Indian journal of veterinary science and animal husbandry - Volumes 15-17, 1948-1951
Year: 1948
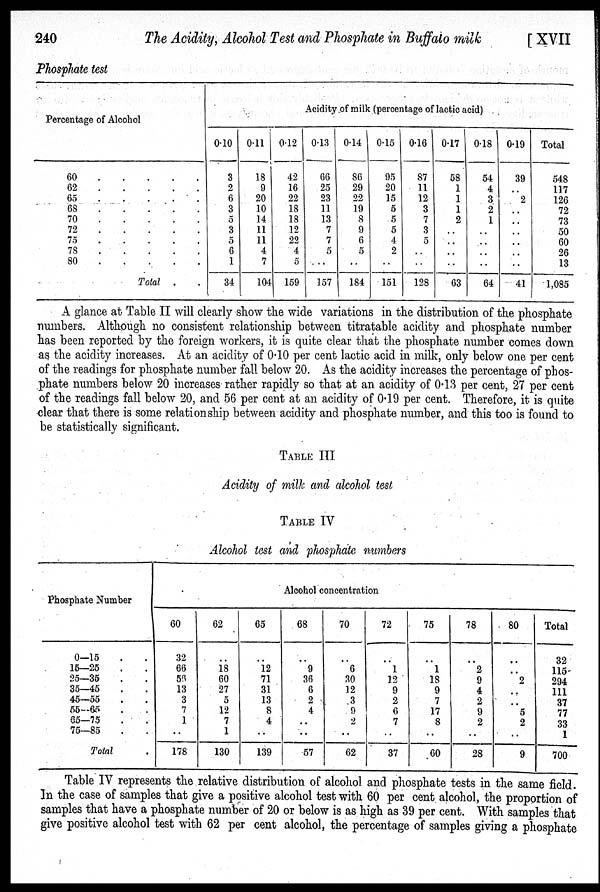
240
The Acidity, Alcohol Test and Phosphate in Buffalo milk
[ XVII
Phosphate test
Percentage of Alcohol
60
.
.
.
.
.
62
.
.
.
.
.
65
.
.
.
.
.
68 . . . . .
70
.
.
.
.
.
72
.
.
.
.
.
75
.
.
.
.
.
78
.
.
.
.
.
80
.
.
.
.
.
Total . .
Acidity of milk (percentage of lactic acid)
0.10
3
2
6
3
5
3
5
6
1
34
0.11
18
9
20
10
14
11
11
4
7
104
0.12
42
16
22
18
18
12
22
4
0
159
0.13
66
25
23
11
13
7
7
5
..
157
0.14
86
29
22
19
8
9
6
5
..
184
0.15
95
20
15
5
5
5
4
2
..
151
0.16
87
11
12
3
7
3
5
..
..
128
0.17
58
1
1
1
2
..
..
..
..
63
0.18
54
4
3
2
1
..
..
..
..
64
0.19
39
..
2
..
..
..
..
..
..
41
Total
548
117
126
72
73
50
60
26
13
1,085
A glance at Table II will clearly show the wide variations in the distribution of the phosphate
numbers. Although no consistent relationship between titratable acidity and phosphate number
has been reported by the foreign workers, it is quite clear that the phosphate number comes down
as the acidity increases. At an acidity of 0.10 per cent lactic acid in milk, only below one per cent
of the readings for phosphate number fall below 20. As the acidity increases the percentage of phos-
phate numbers below 20 increases rather rapidly so that at an acidity of 0.13 per cent, 27 per cent
of the readings fall below 20, and 56 per cent at an acidity of 0.19 per cent. Therefore, it is quite
clear that there is some relationship between acidity and phosphate number, and this too is found to
be statistically significant.
TABLE III
Acidity of milk and alcohol test
TABLE IV
Alcohol test and phosphate numbers
Phosphate Number
0—15 . .
15—25 . .
25—35 . .
35—45 . .
45—55 . .
55—65 . .
65—75 . .
75—85 . .
Total .
Alcohol concentration
60
32
66
56
13
3
7
1
..
178
62
..
18
60
27
5
12
7
1
130
65
..
12
71
31
13
8
4
..
139
68
..
9
36
6
2
4
..
..
57
70
..
6
30
12
3
9
2
..
62
72
..
1
12
9
2
6
7
..
37
75
..
1
18
9
7
17
8
..
60
78
..
2
9
4
2
9
2
..
28
80
..
..
2
..
..
5
2
..
9
Total
32
115
294
111
37
77
33
1
700
Table IV represents the relative distribution of alcohol and phosphate tests in the same field.
In the case of samples that give a positive alcohol test with 60 per cent alcohol, the proportion of
samples that have a phosphate number of 20 or below is as high as 39 per cent. With samples that
give positive alcohol test with 62 per cent alcohol, the percentage of samples giving a phosphate